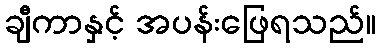
ချီကာနှင့် အပန်းဖြေရသည်။